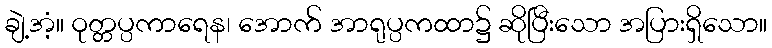
ချဲ့အံ့။ ဝုတ္တပ္ပကာရေန၊ အောက် အာရုပ္ပကထာ၌ ဆိုပြီးသော အပြားရှိသော။